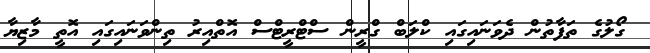
ގޯލުގެ ތަފާތުން ދެވަނައިގައި ކްލަބް ގްރީން ސްޓްރީޓްސް އޮތްއިރު ތިންވަނައިގައި އޮތީ މާޒިޔާ